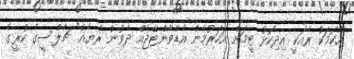
އެކަމަކު ރެއަކީ އިދިކޮޅު ޓީމަށް އަހަރުމެން އެޑްވާންޓޭޖެއް ދެވުނު ރެޔެއް" ޗެލްސީގެ ކުރީގެ